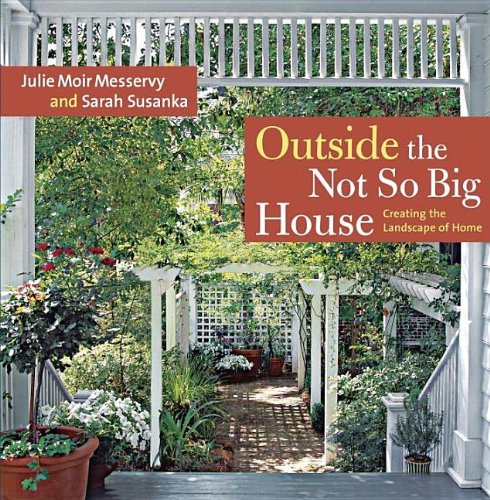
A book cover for Outside the Not So Big House: Creating the Landscape of Home (Susanka); Sarah Susanka; Crafts, Hobbies & Home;